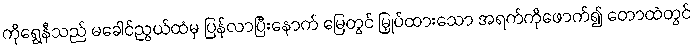
ကိုရွှေနီသည် မခေါင်ညွယ်ထံမှ ပြန်လာပြီးနောက် မြေတွင် မြှုပ်ထားသော အရက်ကိုဖောက်၍ တောထဲတွင်